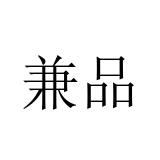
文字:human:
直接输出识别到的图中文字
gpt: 兼品